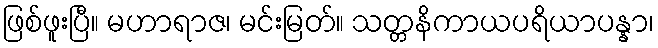
ဖြစ်ဖူးပြီ။ မဟာရာဇ၊ မင်းမြတ်။ သတ္တနိကာယပရိယာပန္နာ၊